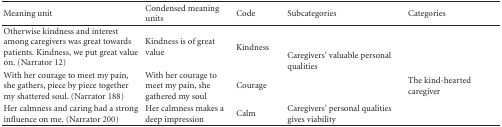
<table><thead><tr><td><b>Meaning unit</b></td><td><b>Condensed meaning units</b></td><td><b>Code</b></td><td><b>Subcategories</b></td><td><b>Categories</b></td></tr></thead><tbody><tr><td>Otherwise kindness and interest among caregivers was great towards patients. Kindness, we put great value on. (Narrator 12)</td><td>Kindness is of great value</td><td>Kindness</td><td rowspan="2">Caregivers&#x27; valuable personal qualities</td><td></td></tr><tr><td> With her courage to meet my pain, she gathers, piece by piece together my shattered soul. (Narrator 188)</td><td>With her courage to meet my pain, she gathered my soul</td><td> Courage</td><td>The kind-hearted caregiver</td></tr><tr><td> Her calmness and caring had a strong influence on me. (Narrator 200)</td><td> Her calmness makes a deep impression</td><td> Calm</td><td>Caregivers&#x27; personal qualities gives viability</td><td></td></tr></tbody></table>